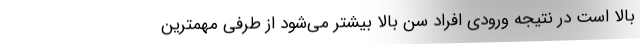
بالا است در نتیجه ورودی افراد سن بالا بیشتر می‌شود از طرفی مهمترین